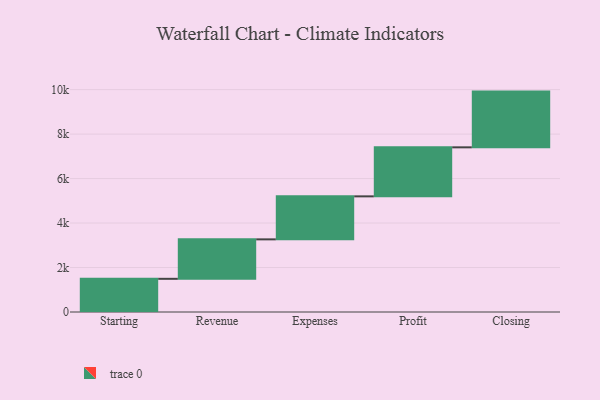
{"axis": {"x": "Step", "y": "Value"}, "legend": [""], "data": [{"x": "Starting", "y": 1492.0, "type": ""}, {"x": "Revenue", "y": 1774.0, "type": ""}, {"x": "Expenses", "y": 1934.0, "type": ""}, {"x": "Profit", "y": 2204.0, "type": ""}, {"x": "Closing", "y": 2506.0, "type": ""}]}